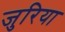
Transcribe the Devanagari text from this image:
जुरिया